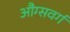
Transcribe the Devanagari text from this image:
औग्सवर्ग